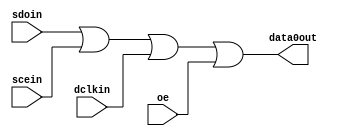
module tornado_epcs_atom (
                            dclkin,
                            oe,
                            scein,
                            sdoin,
                            data0out
                         )
;
  output           data0out;
  input            dclkin;
  input            oe;
  input            scein;
  input            sdoin;
  wire             data0out;
  assign data0out = sdoin | scein | dclkin | oe;
endmodule